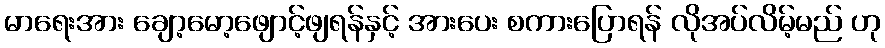
မာရေးအား ချော့မော့ဖျောင့်ဖျရန်နှင့် အားပေး စကားပြောရန် လိုအပ်လိမ့်မည် ဟု